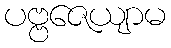
ပဗ္ဗဇေယျာမ